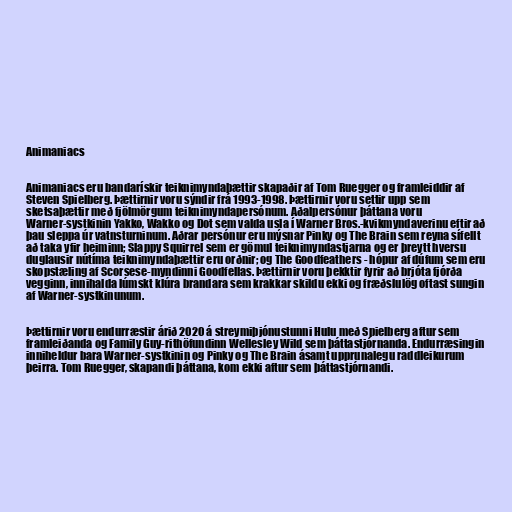
Animaniacs

Animaniacs eru bandarískir teiknimyndaþættir skapaðir af Tom Ruegger og framleiddir af
Steven Spielberg. Þættirnir voru sýndir frá 1993-1998. Þættirnir voru settir upp sem
sketsaþættir með fjölmörgum teiknimyndapersónum. Aðalpersónur þáttana voru
Warner-systkinin Yakko, Wakko og Dot sem valda usla í Warner Bros.-kvikmyndaverinu eftir að
þau sleppa úr vatnsturninum. Aðrar persónur eru mýsnar Pinky og The Brain sem reyna sífellt
að taka yfir heiminn; Slappy Squirrel sem er gömul teiknimyndastjarna og er þreytt hversu
duglausir nútíma teiknimyndaþættir eru orðnir; og The Goodfeathers - hópur af dúfum sem eru
skopstæling af Scorsese-myndinni Goodfellas. Þættirnir voru þekktir fyrir að brjóta fjórða
vegginn, innihalda lúmskt klúra brandara sem krakkar skildu ekki og fræðslulög oftast sungin
af Warner-systkinunum.

Þættirnir voru endurræstir árið 2020 á streymiþjónustunni Hulu með Spielberg aftur sem
framleiðanda og Family Guy-rithöfundinn Wellesley Wild sem þáttastjórnanda. Endurræsingin
inniheldur bara Warner-systkinin og Pinky og The Brain ásamt upprunalegu raddleikurum
þeirra. Tom Ruegger, skapandi þáttana, kom ekki aftur sem þáttastjórnandi.